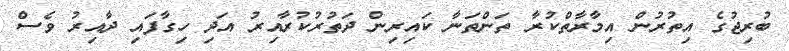
ބުރިޖުގެ އިތުރުން އިމާރާތްކުރާ ތަންތަނާ ކައިރިން ދަތުރުކުރާއިރު އަދި ހިގާފައި ދާއިރު ވެސް